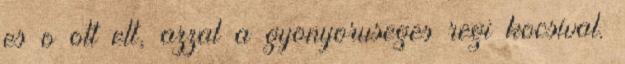
es o ott elt, azzal a gyonyoruseges regi kocsival.